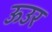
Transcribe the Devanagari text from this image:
ऊउर